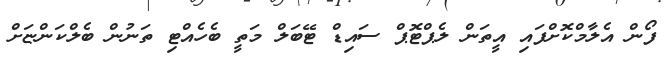
ފޯން އެލާމްކޮށްފައި އީތަން ލެޕްޓޮޕް ސައިޑް ޓޭބަލް މަތީ ބެހެއްޓި ތަނުން ބެލްކަންޏަށް